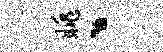
眺丶